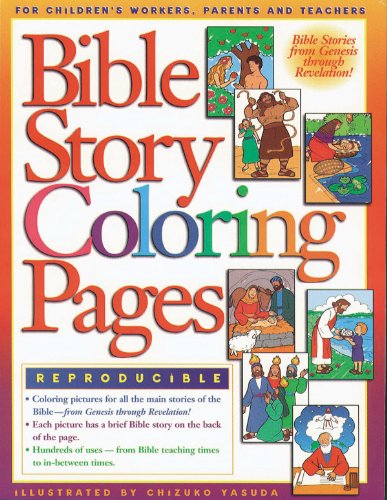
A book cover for Bible Story Coloring Pages 1; Gospel Light; Christian Books & Bibles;